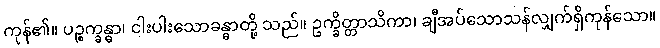
ကုန်၏။ ပဉ္စက္ခန္ဓာ၊ ငါးပါးသောခန္ဓာတို့ သည်။ ဥက္ခိတ္တာသိကာ၊ ချီအပ်သောသန်လျှက်ရှိကုန်သော။